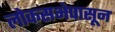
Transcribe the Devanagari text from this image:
लोकसभेपासून